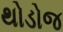
થોડોજ